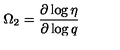
\Omega _ { 2 } = \frac { \partial \log \eta } { \partial \log q }